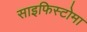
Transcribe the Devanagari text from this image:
साइफिस्टोमा